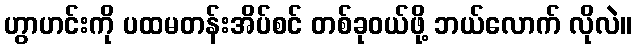
ဟွာဟင်းကို ပထမတန်းအိပ်စင် တစ်ခုဝယ်ဖို့ ဘယ်လောက် လိုလဲ။